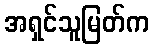
အရှင်သူမြတ်က